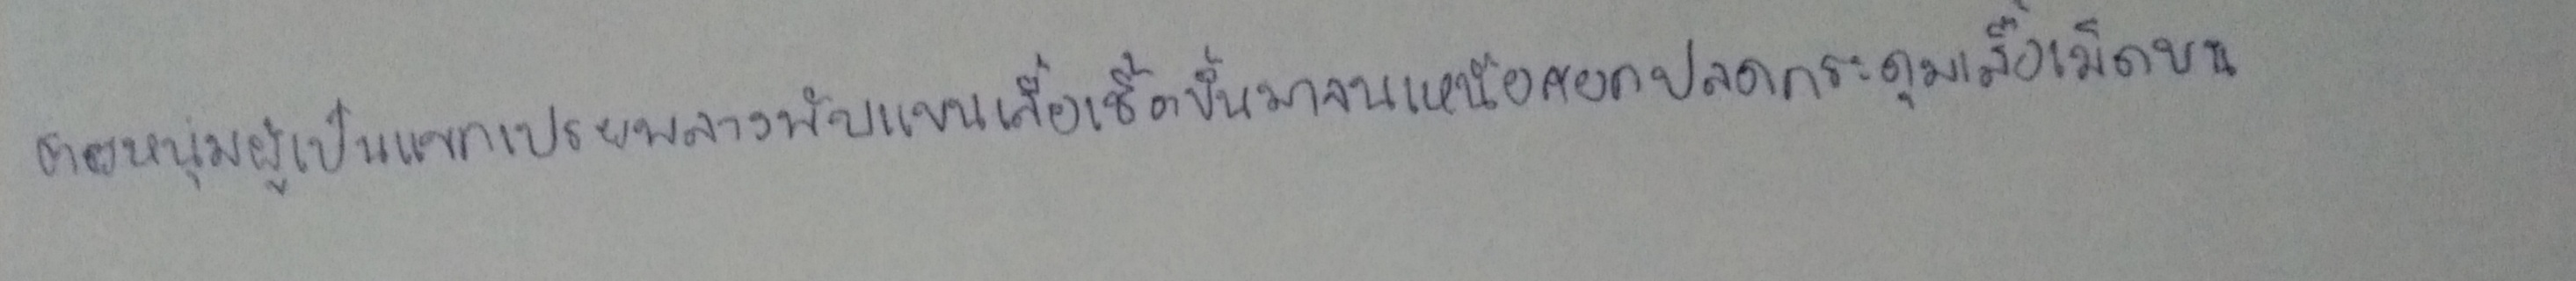
ชายหนุ่มผู้เป็นแขกเปรยพลางพับแขนเสื้อเชิ้ตขึ้นมาจนเหนือศอกปลดกระดุมเสื้อเม็ดบน